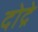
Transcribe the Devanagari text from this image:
दोद्रे